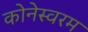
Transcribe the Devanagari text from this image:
कोनेस्वरम